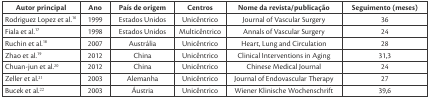
<table><thead><tr><td><b>Autor principal</b></td><td><b>Ano</b></td><td><b>País de origem</b></td><td><b>Centros</b></td><td><b>Nome da revista/publicação</b></td><td><b>Seguimento (meses)</b></td></tr></thead><tbody><tr><td>Rodriguez Lopez et al.16</td><td>1999</td><td>Estados Unidos</td><td>Unicêntrico</td><td>Journal of Vascular Surgery</td><td>36</td></tr><tr><td>Fiala et al.17</td><td>1998</td><td>Estados Unidos</td><td>Multicêntrico</td><td>Annals of Vascular Surgery</td><td>24</td></tr><tr><td>Ruchin et al.18</td><td>2007</td><td>Austrália</td><td>Unicêntrico</td><td>Heart, Lung and Circulation</td><td>28</td></tr><tr><td>Zhao et al.19</td><td>2012</td><td>China</td><td>Unicêntrico</td><td>Clinical Interventions in Aging</td><td>31,3</td></tr><tr><td>Chuan-jun et al.20</td><td>2012</td><td>China</td><td>Unicêntrico</td><td>Chinese Medical Journal</td><td>24</td></tr><tr><td>Zeller et al.21</td><td>2003</td><td>Alemanha</td><td>Unicêntrico</td><td>Journal of Endovascular Therapy</td><td>27</td></tr><tr><td>Bucek et al.22</td><td>2003</td><td>Áustria</td><td>Unicêntrico</td><td>Wiener Klinische Wochenschrift</td><td>39,6</td></tr></tbody></table>